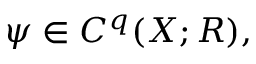
\psi \in C ^ { q } ( X ; R ) ,